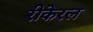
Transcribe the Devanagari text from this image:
रीकेरल